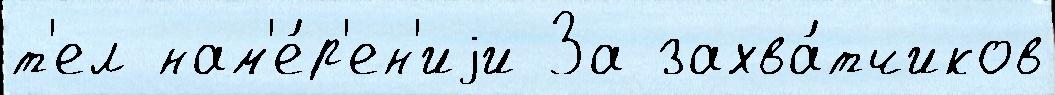
т'ел нам'е́р'ен'иjи За захва́тчиков